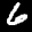
Label: 6